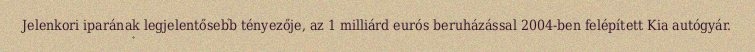
Jelenkori iparának legjelentősebb tényezője, az 1 milliárd eurós beruházással 2004-ben felépített Kia autógyár.